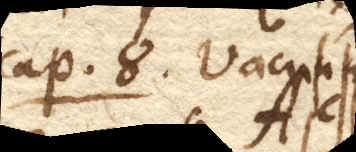
Cap. 8. Vacuum